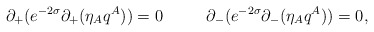
\begin{align*}\partial_+( e^{-2\sigma}\partial_+ (\eta_A q^A))=0\ \ \ \ \ \ \ \ \partial_-( e^{-2\sigma}\partial_- (\eta_A q^A))=0,\end{align*}